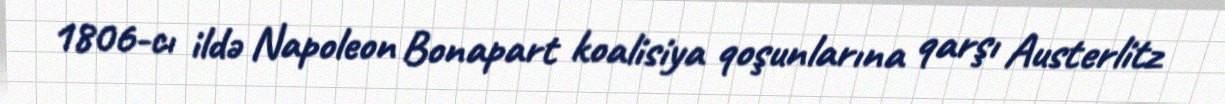
1806-cı ildə Napoleon Bonapart koalisiya qoşunlarına qarşı Austerlitz